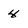
Character: 4